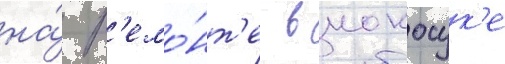
на́ р'емо́нт'е в иокосук'е